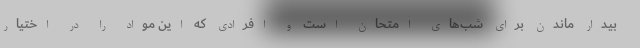
بیدار ماندن برای شب‌های امتحان است و افرادی که این مواد را در اختیار